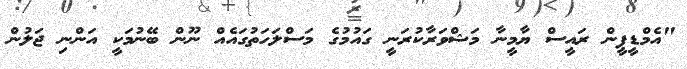
"އެމްޑީޕީން ރައީސް ޔާމީނާ މަޝްވަރާކުރަނީ ގައުމުގެ މަސްލަހަތުގައެއް ނޫން ބޭނުމަކީ އަންނި ޖަލުން